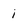
Character: i